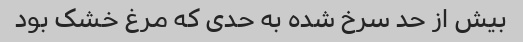
بیش از حد سرخ شده به حدی که مرغ خشک بود